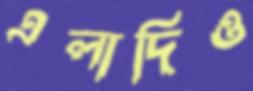
এলাদিও